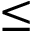
\leq